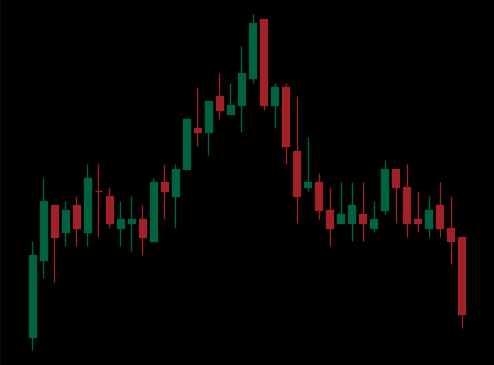
Pattern: head_shoulders